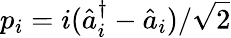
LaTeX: p_{i}=i(\hat{a}_{i}^{\dagger}-\hat{a}_{i})/\sqrt{2}